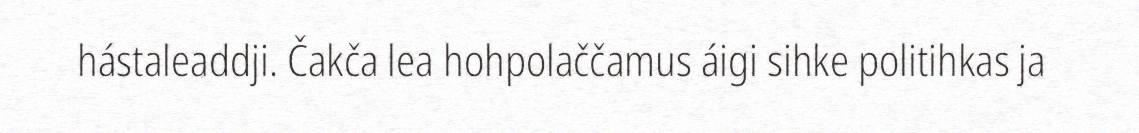
hástaleaddji. Čakča lea hohpolaččamus áigi sihke politihkas ja